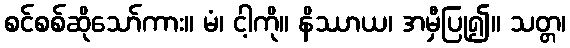
စင်စစ်ဆိုသော်ကား။ မံ၊ ငါ့ကို။ နိဿာယ၊ အမှီပြု၍။ သတ္တ၊